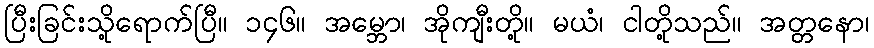
ပြီးခြင်းသို့ရောက်ပြီ။ ၁၄၆။ အမ္ဘော၊ အိုကျီးတို့။ မယံ၊ ငါတို့သည်။ အတ္တနော၊